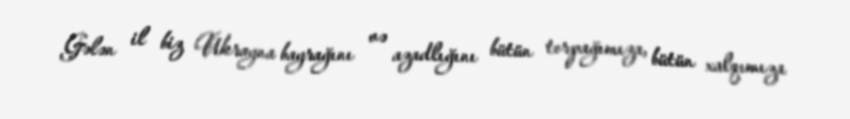
Gələn il biz Ukrayna bayrağını və azadlığını bütün torpağımıza, bütün xalqımıza